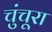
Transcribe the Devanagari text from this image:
चुंचूरा